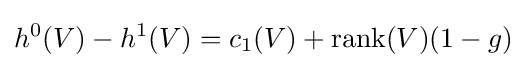
h^{0}(V)-h^{1}(V)=c_{1}(V)+\operatorname {rank} (V)(1-g)